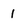
Character: 1